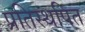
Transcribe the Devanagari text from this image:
प्रतिस्थपित